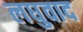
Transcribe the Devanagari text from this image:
लघुवाद